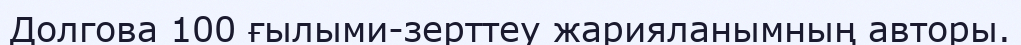
Долгова 100 ғылыми-зерттеу жарияланымның авторы.